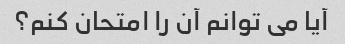
آیا می توانم آن را امتحان کنم؟